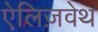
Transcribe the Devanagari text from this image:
ऐलिज़वेथ